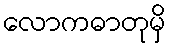
လောကဓာတုမှိ